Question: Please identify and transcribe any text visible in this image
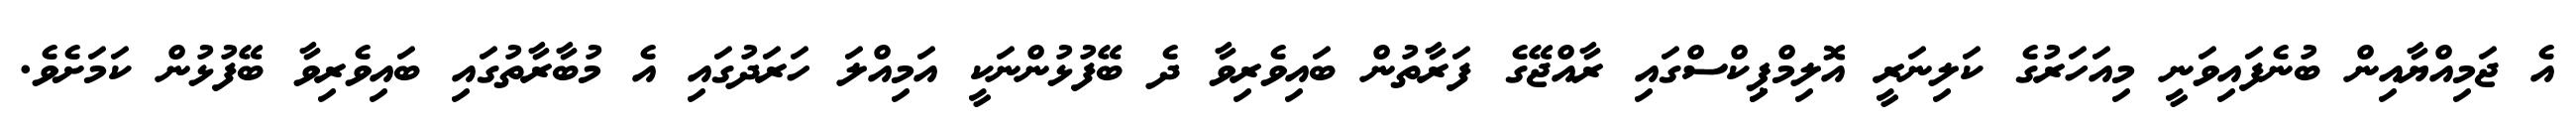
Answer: އެ ޖަމިއްޔާއިން ބުނެފައިވަނީ މިއަހަރުގެ ކަލިނަރީ އޮލިމްޕިިކްސްގައި ރާއްޖޭގެ ފަރާތުން ބައިވެރިވާ ދެ ބޭފުޅުންނަކީ އަމިއްލަ ހަރަދުގައި އެ މުބާރާތުގައި ބައިވެރިވާ ބޭފުޅުން ކަމަށެވެ.